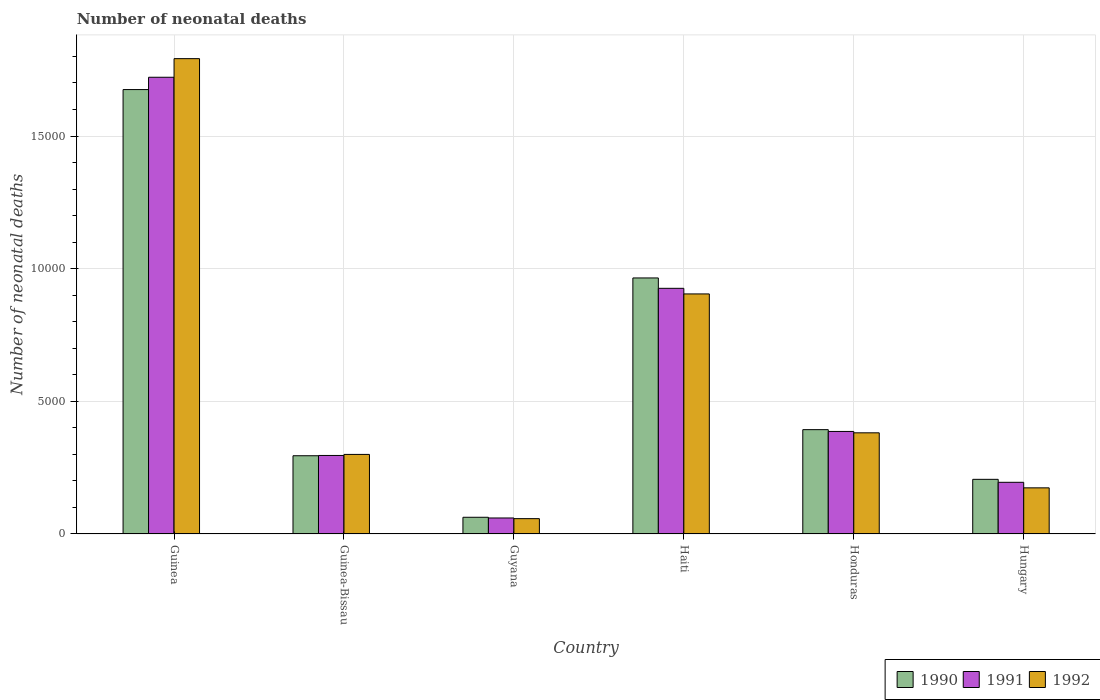
| Country | 1990 | 1991 | 1992 |
 | --- | --- | --- | --- |
 | Guinea | 1.68e+04 | 1.72e+04 | 1.79e+04 |
 | Guinea-Bissau | 2.95e+03 | 2.96e+03 | 3e+03 |
 | Guyana | 630 | 603 | 578 |
 | Haiti | 9.65e+03 | 9.26e+03 | 9.05e+03 |
 | Honduras | 3.93e+03 | 3.86e+03 | 3.81e+03 |
 | Hungary | 2.06e+03 | 1.95e+03 | 1.74e+03 |